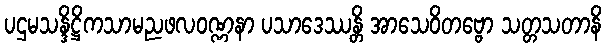
ပဌမသန္ဒိဋ္ဌိကသာမညဖလဝဏ္ဏနာ ပသာဒေဿန္တိ အာသေဝိတဗ္ဗော သတ္တသတာနိ